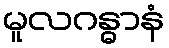
မူလဂန္ဓာနံ